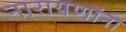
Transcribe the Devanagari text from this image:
नारायणांना